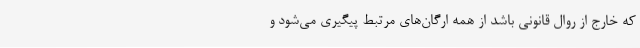
که خارج از روال قانونی باشد از همه ارگان‌های مرتبط پیگیری می‌شود و